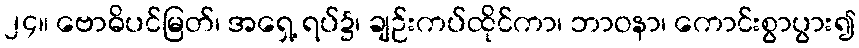
၂၄။ ဗောဓိပင်မြတ်၊ အရှေ့ ရပ်၌၊ ချဉ်းကပ်ထိုင်ကာ၊ ဘာဝနာ၊ ကောင်းစွာပွား၍